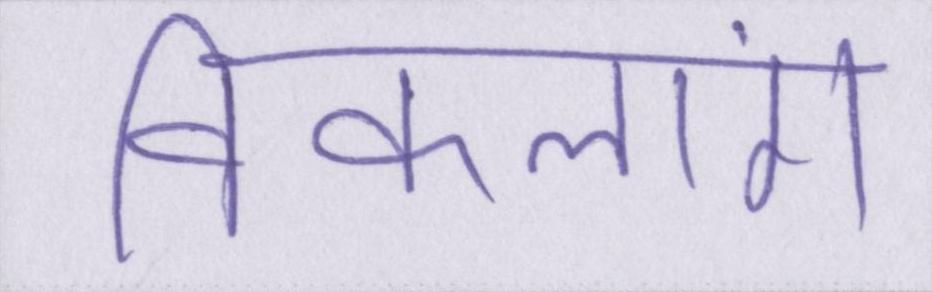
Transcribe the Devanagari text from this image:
विकलांग